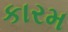
કારમ